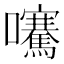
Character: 𡅶